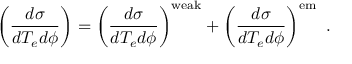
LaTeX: \left( \frac { d \sigma } { d T _ { e } d \phi } \right) = \left( \frac { d \sigma } { d T _ { e } d \phi } \right) ^ { \mathrm { w e a k } } + \left( \frac { d \sigma } { d T _ { e } d \phi } \right) ^ { \mathrm { e m } } ~ .